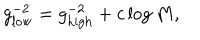
g _ { \mathrm { l o w } } ^ { - 2 } = g _ { \mathrm { h i g h } } ^ { - 2 } + c \log M ,